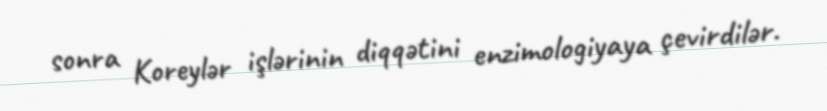
sonra Koreylər işlərinin diqqətini enzimologiyaya çevirdilər.